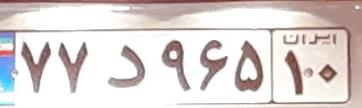
۷۷د۹۶۵۱۰